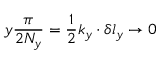
y \frac { \pi } { 2 N _ { y } } = \frac { 1 } { 2 } k _ { y } \cdot \delta l _ { y } \rightarrow 0